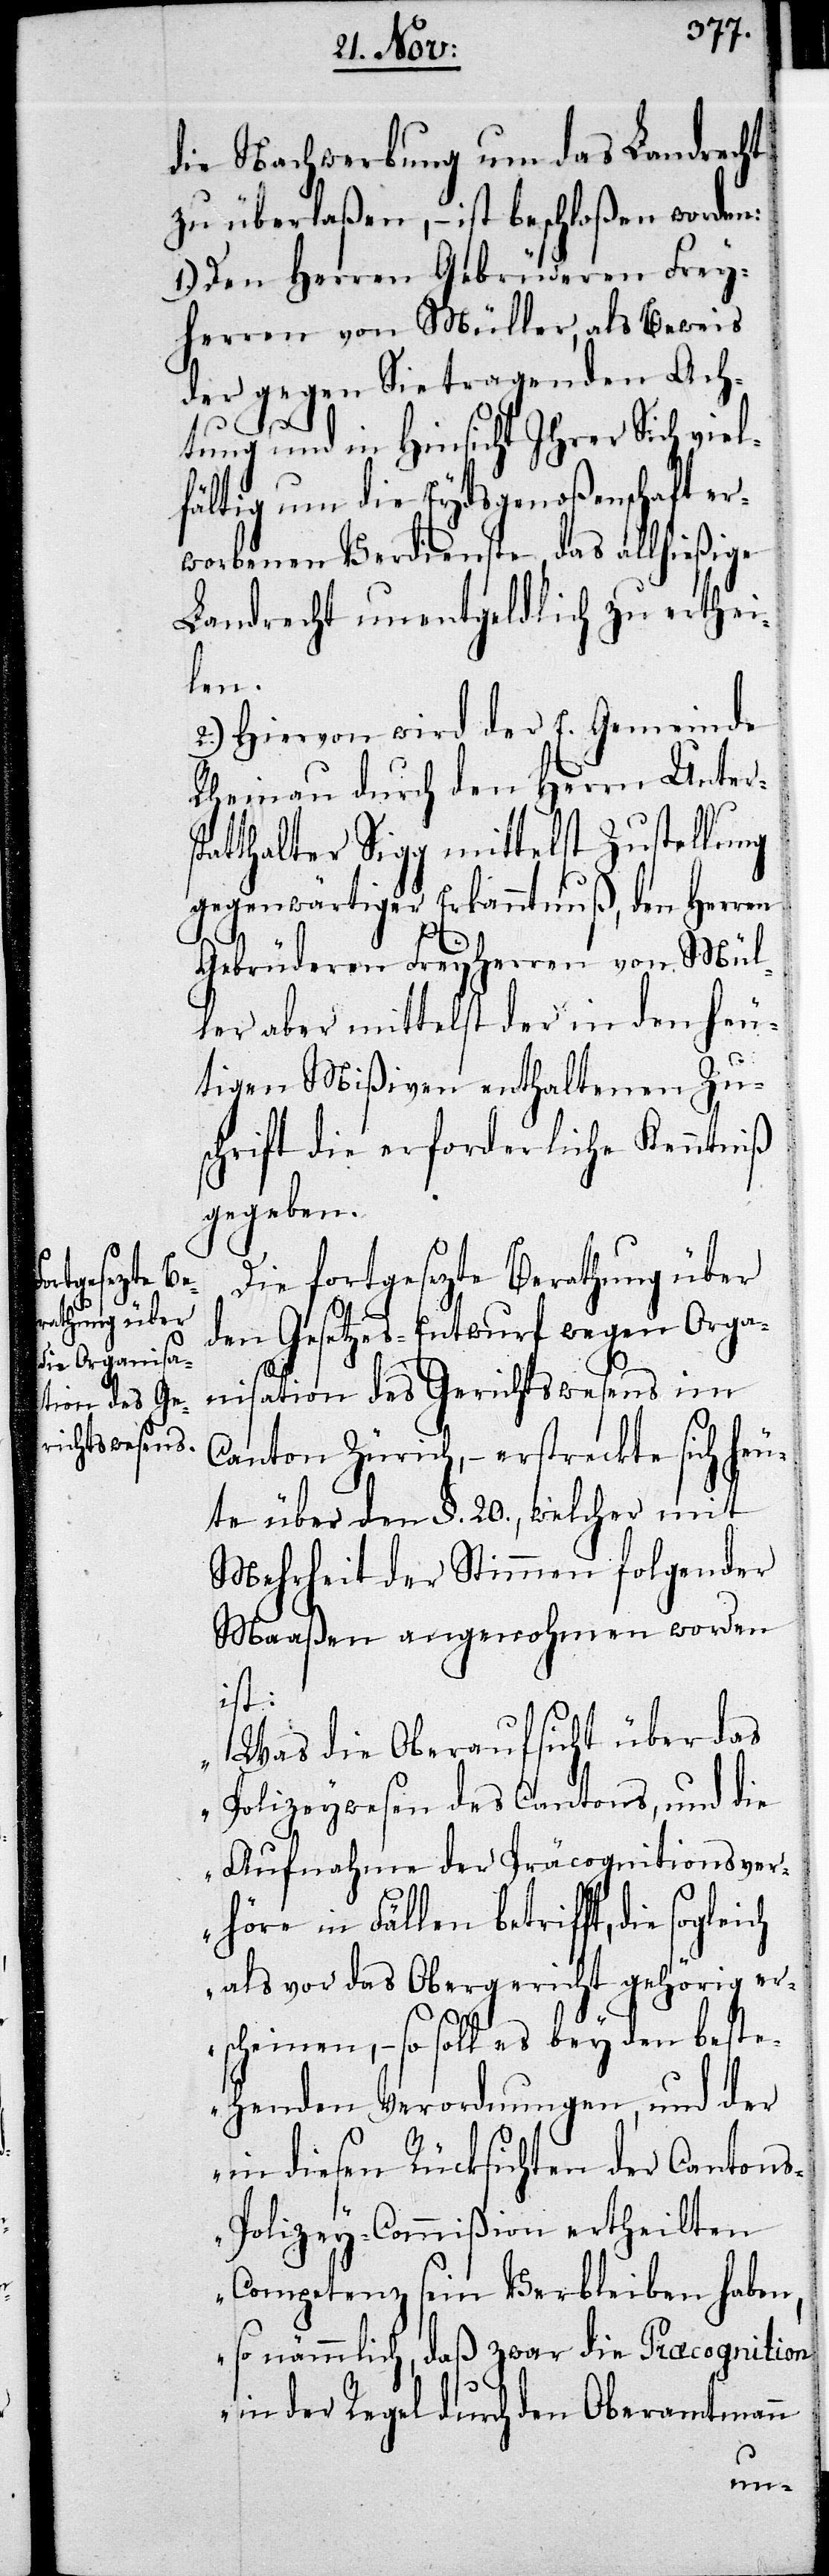
die Nachwerbung um das Landrecht
zu überlaßen, – ist beschloßen worden:
1.) Den Herren Gebrüderen Frey¬
herren von Müller, als Beweis
der gegen Sie tragenden Ach¬
tung und in Hinsicht Ihrer Sich viel¬
fältig um die Eydsgenoßenschaft er¬
worbenen Verdienste, das allhießige
Landrecht unentgeldlich zu erthei¬
len.
2.) Hiervon wird der E. Gemeinde
Rheinau durch den Herrn Unters¬
tatthalter Sigg mittelst Zustellung
gegenwärtiger Erkanntnuß, den Herren
Gebrüderen Freyherren von Mül¬
ler aber mittelst der in den heu¬
tigen Mißiven enthaltenen Zu¬
schrift die erforderliche Kenntniß
gegeben.
Die fortgesezte Berathung über
den Gesetzes-Entwurf wegen Orga¬
nisation des Gerichtswesens im
Canton Zürich, – erstreckte sich heu¬
te über den §. 20, welcher mit
Mehrheit der Stimmen folgender
Maaßen angenohmen worden
ist:
„Was die Oberaufsicht über das
Polizeywesen des Cantons, und die
Aufnahme der Präcognitionsver¬
höre in Fällen betrifft, die
als vor das Obergericht gehörig er¬
scheinen, – so soll es bey den beste¬
henden Verordnungen, und der
in diesen Rücksichten der Canton¬
s-Polizey-Commißion ertheilten
Competenz sein Verbleiben haben,
so nämmlich, daß zwar die Praecognition
in der Regel durch den Oberamtmann